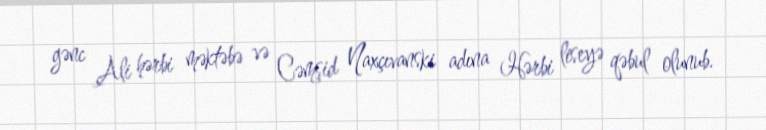
gənc Ali hərbi məktəbə və Cəmşid Naxçıvanski adına Hərbi liseyə qəbul olunub.